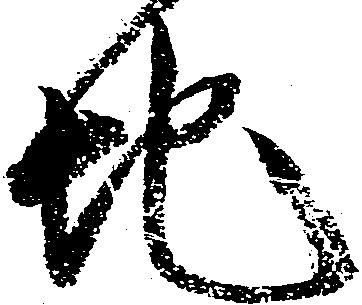
地